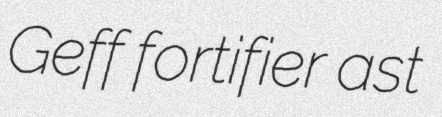
Geff fortifier ast